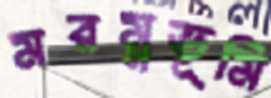
মরম্নভূমি